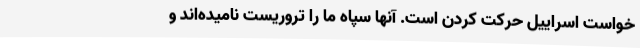
خواست اسراییل حرکت کردن است. آنها سپاه ما را تروریست نامیده‌اند و